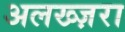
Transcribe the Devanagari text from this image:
अलख्ज़रा